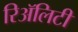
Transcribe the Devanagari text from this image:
रिॲलिटी